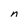
Character: n